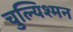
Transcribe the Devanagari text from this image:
चुल्यिश्मन